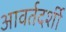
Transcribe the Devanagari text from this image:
आवर्तदर्शी